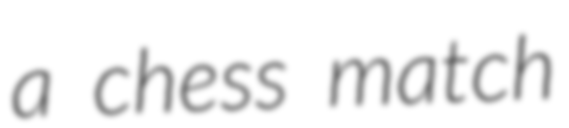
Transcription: a chess match